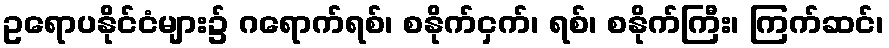
ဥရောပနိုင်ငံများ၌ ဂရောက်ရစ်၊ စနိုက်ငှက်၊ ရစ်၊ စနိုက်ကြီး၊ ကြက်ဆင်၊